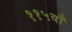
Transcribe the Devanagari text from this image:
११५वाँ